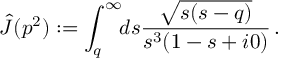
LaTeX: \hat { J } ( p ^ { 2 } ) : = \int _ { q } ^ { \infty } \! \! d s \frac { \sqrt { s ( s - q ) } } { s ^ { 3 } ( 1 - s + i 0 ) } \, .